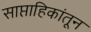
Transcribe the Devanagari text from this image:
साप्ताहिकांतून